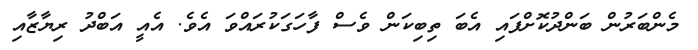
މެންބަރުން ބަންދުކޮށްފައި އެބަ ތިބިކަން ވެސް ފާހަގަކުރައްވަ އެވެ. އެއީ އަބްދު ރިޔާޒާއި